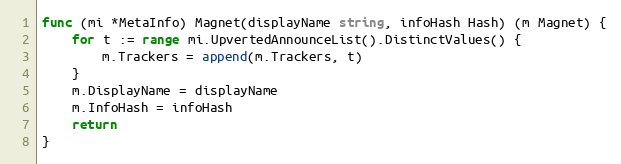
Language: Go
func (mi *MetaInfo) Magnet(displayName string, infoHash Hash) (m Magnet) {
	for t := range mi.UpvertedAnnounceList().DistinctValues() {
		m.Trackers = append(m.Trackers, t)
	}
	m.DisplayName = displayName
	m.InfoHash = infoHash
	return
}